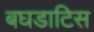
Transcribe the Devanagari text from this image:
बघडाटिस